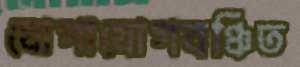
যোগাযোগবঞ্চিত